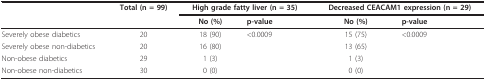
<table><thead><tr><td></td><td><b>Total (n = 99)</b></td><td colspan="2"><b>High grade fatty liver (n = 35)</b></td><td colspan="2"><b>Decreased CEACAM1 expression (n = 29)</b></td></tr><tr><td></td><td></td><td><b>No (%)</b></td><td><b>p-value</b></td><td><b>No (%)</b></td><td><b>p-value</b></td></tr></thead><tbody><tr><td>Severely obese diabetics</td><td>20</td><td>18 (90)</td><td>&lt;0.0009</td><td>15 (75)</td><td>&lt;0.0009</td></tr><tr><td>Severely obese non-diabetics</td><td>20</td><td>16 (80)</td><td></td><td>13 (65)</td><td></td></tr><tr><td>Non-obese diabetics</td><td>29</td><td>1 (3)</td><td></td><td>1 (3)</td><td></td></tr><tr><td>Non-obese non-diabetics</td><td>30</td><td>0 (0)</td><td></td><td>0 (0)</td><td></td></tr></tbody></table>